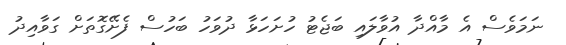
ނަމަވެސް އެ މާއްދާ އުވާލައި ބަޖެޓު ހުށަހަޅާ ދުވަހު ބަހުސް ފެށޭގޮތަށް ގަވާއިދު